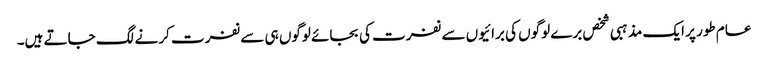
عام طور پر ایک مذہبی شخص برے لوگوں کی برائیوں سے نفرت کی بجائے لوگوں ہی سے نفرت کرنے لگ جاتے ہیں۔